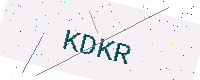
Text: KDKR